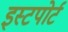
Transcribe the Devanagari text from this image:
इस्टपोर्ट